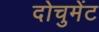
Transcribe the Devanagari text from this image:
दोचुमेंट